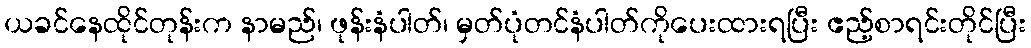
ယခင်နေထိုင်တုန်းက နာမည်၊ ဖုန်းနံပါတ်၊ မှတ်ပုံတင်နံပါတ်ကိုပေးထားရပြီး ဧည့်စာရင်းတိုင်ပြီး